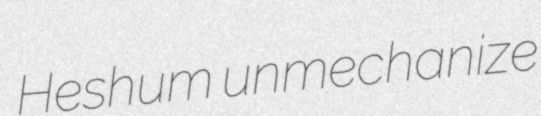
Heshum unmechanize